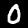
Label: 0